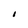
Character: I